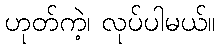
ဟုတ်ကဲ့၊ လုပ်ပါမယ်။